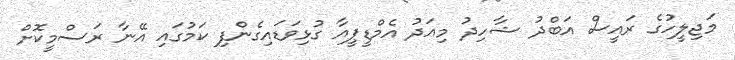
މަޖިލީހުގެ ރައީސް އަބްދު ޝާހިދު މިއަދު އެމްޑީޕީއާ ގުޅިވަޑައިގެންފި ކަމުގައި އޭނާ ރަސްމީކޮށް